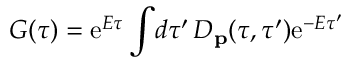
G ( \tau ) = \mathrm { e } ^ { E \tau } \int \! d \tau ^ { \prime } \, { \cal D } _ { \bf p } ( \tau , \tau ^ { \prime } ) \mathrm { e } ^ { - E \tau ^ { \prime } }